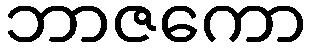
ဘာဇကော